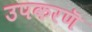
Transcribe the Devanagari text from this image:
उपकरणॆ